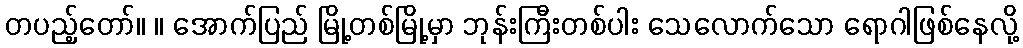
တပည့်တော်။ ။ အောက်ပြည် မြို့တစ်မြို့မှာ ဘုန်းကြီးတစ်ပါး သေလောက်သော ရောဂါဖြစ်နေလို့